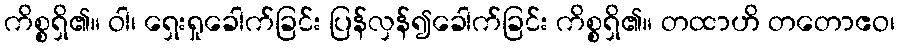
ကိစ္စရှိ၏။ ဝါ၊ ရှေးရှုခေါက်ခြင်း ပြန်လှန်၍ခေါက်ခြင်း ကိစ္စရှိ၏။ တထာဟိ တတောဧဝ၊